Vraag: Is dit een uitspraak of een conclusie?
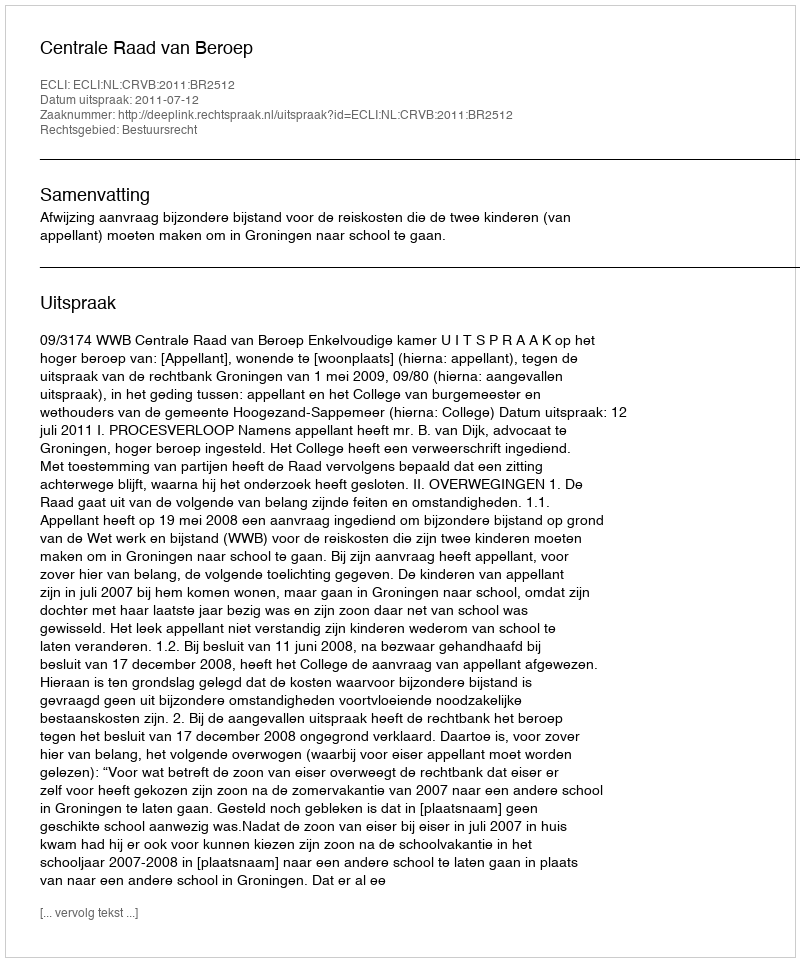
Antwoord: Uitspraak